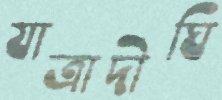
যাত্রাদীঘি